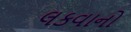
લકવાનો